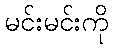
မင်းမင်းကို